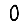
Digit: 0